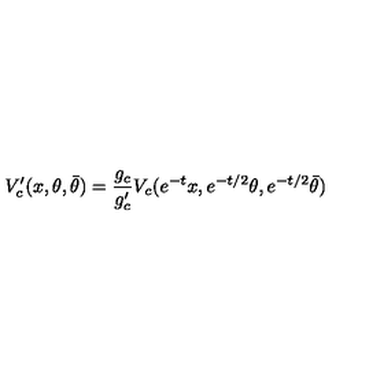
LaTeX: V _ { c } ^ { \prime } ( x , \theta , \bar { \theta } ) = \frac { g _ { c } } { g _ { c } ^ { \prime } } V _ { c } ( e ^ { - t } x , e ^ { - t / 2 } \theta , e ^ { - t / 2 } \bar { \theta } )